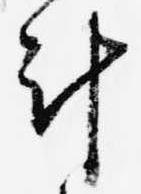
計